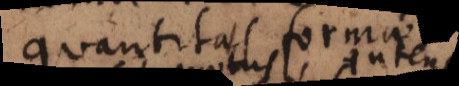
quantitas formae